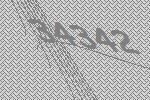
34342